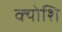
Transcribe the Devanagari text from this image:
क्योशि